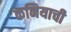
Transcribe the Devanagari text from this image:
कनियाची